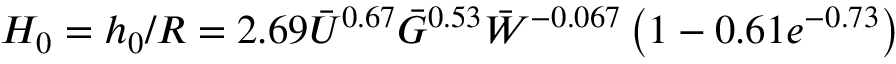
H _ { 0 } = { h _ { 0 } } / { R } = 2 . 6 9 \Bar { U } ^ { 0 . 6 7 } \Bar { G } ^ { 0 . 5 3 } \Bar { W } ^ { - 0 . 0 6 7 } \left( 1 - 0 . 6 1 e ^ { - 0 . 7 3 } \right)